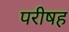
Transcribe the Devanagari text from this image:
परीषह